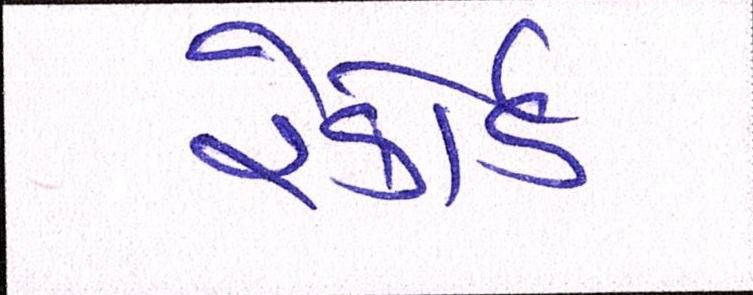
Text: રેકોર્ડ